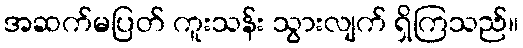
အဆက်မပြတ် ကူးသန်း သွားလျက် ရှိကြသည်။